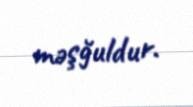
məşğuldur.